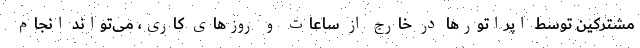
مشترکین توسط اپراتورها در خارج از ساعات و روزهای کاری، می‌تواند انجام